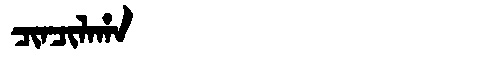
Manchu: ᠴᡳᠨᠴᡳᠯᠠᡥᠠ
Romanization: CINCILAHA